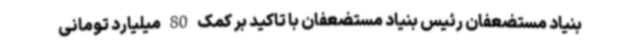
بنیاد مستضعفان رئیس بنیاد مستضعفان با تاکید بر کمک 80 میلیارد تومانی